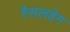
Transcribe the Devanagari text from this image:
रैसलहेग